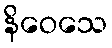
နိဝေသေ